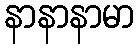
နာနာနာမာ